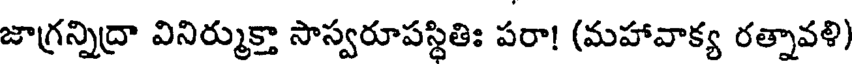
జాగ్రన్నిద్రా వినిర్ముక్తా సాస్వరూపస్థితిః పరా! (మహావాక్య రత్నావళి)